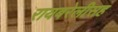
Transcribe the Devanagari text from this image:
रायबरेलीसह